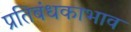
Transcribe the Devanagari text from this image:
प्रतिबंधकाभाव